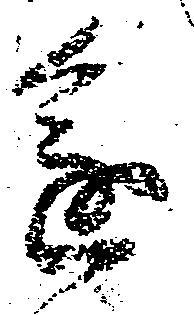
進